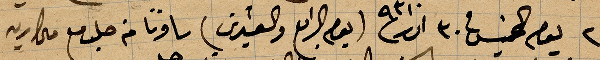
يوم الخميس ٣٠ اذار ١٨٩٣ (يوم الرابع والعشرين) سافرنا من حلب مع...